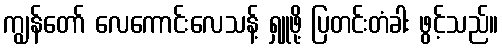
ကျွန်တော် လေကောင်းလေသန့် ရှူဖို့ ပြတင်းတံခါး ဖွင့်သည်။